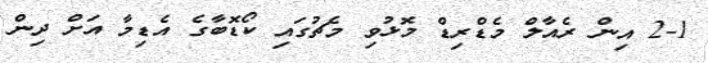
2-1 އިން ރެއާލް މެޑްރިޑް މޮޅުވި މެޗުގައި ކޯޑޮބާގެ އެޑިމާ އަށް ދިން